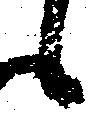
候